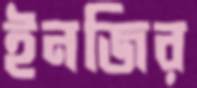
ইনজির